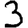
Digit: 3